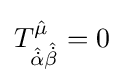
T_{{\hat {\dot {\alpha }}}{\hat {\dot {\beta }}}}^{\hat {\mu }}=0